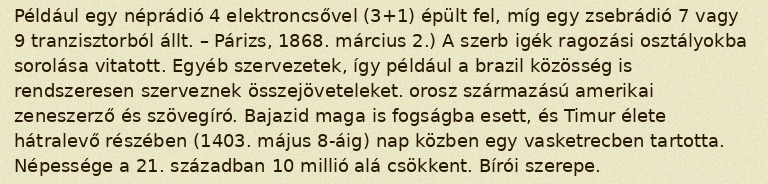
Például egy néprádió 4 elektroncsővel (3+1) épült fel, míg egy zsebrádió 7 vagy 9 tranzisztorból állt. – Párizs, 1868. március 2.) A szerb igék ragozási osztályokba sorolása vitatott. Egyéb szervezetek, így például a brazil közösség is rendszeresen szerveznek összejöveteleket. orosz származású amerikai zeneszerző és szövegíró. Bajazid maga is fogságba esett, és Timur élete hátralevő részében (1403. május 8-áig) nap közben egy vasketrecben tartotta. Népessége a 21. században 10 millió alá csökkent. Bírói szerepe.